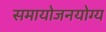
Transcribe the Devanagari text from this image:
समायोजनयोग्‍य